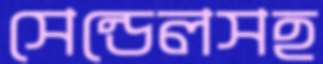
সেন্ডেলসহ